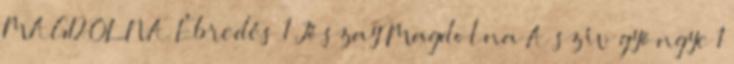
MAGDOLNA Ébredés 1 Jószay Magdolna A szív gyöngye 1